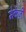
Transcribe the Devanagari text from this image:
मेकेंज़ी